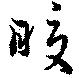
暖